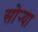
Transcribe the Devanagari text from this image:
सोर्‍या